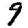
Digit: 9